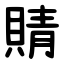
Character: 䝼